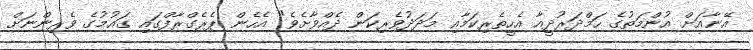
އޭނާއަށް އުންމަތުގެ ހަމްދަރުދީއާ އެހީތެރިކަމާއި މަދަދުވެރިކަން ދެއްވާށެވެ" އެހެން ޕެރެގްރާފްގައި ގައުމުގެ ވެރިންނަށް